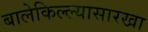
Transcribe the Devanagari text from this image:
बालेकिल्ल्यासारखा